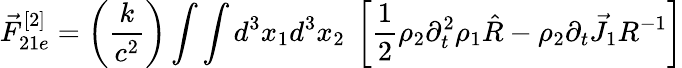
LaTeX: \vec{F}_{21e}^{[2]}=\left(\frac{k}{c^{2}}\right)\int\int d^{3}x_{1}d^{3}x_{2}~\left[\frac{1}{2}\rho_{2}\partial_{t}^{2}\rho_{1}\hat{R}-\rho_{2}\partial_{t}\vec{J}_{1}R^{-1}\right]